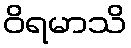
ဝိရမာသိ